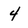
Character: 4